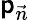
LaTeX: \mathsf{p}_{\vec{{n}}}